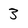
Character: 3